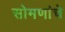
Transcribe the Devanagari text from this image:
सोमणांचे